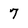
Character: 7